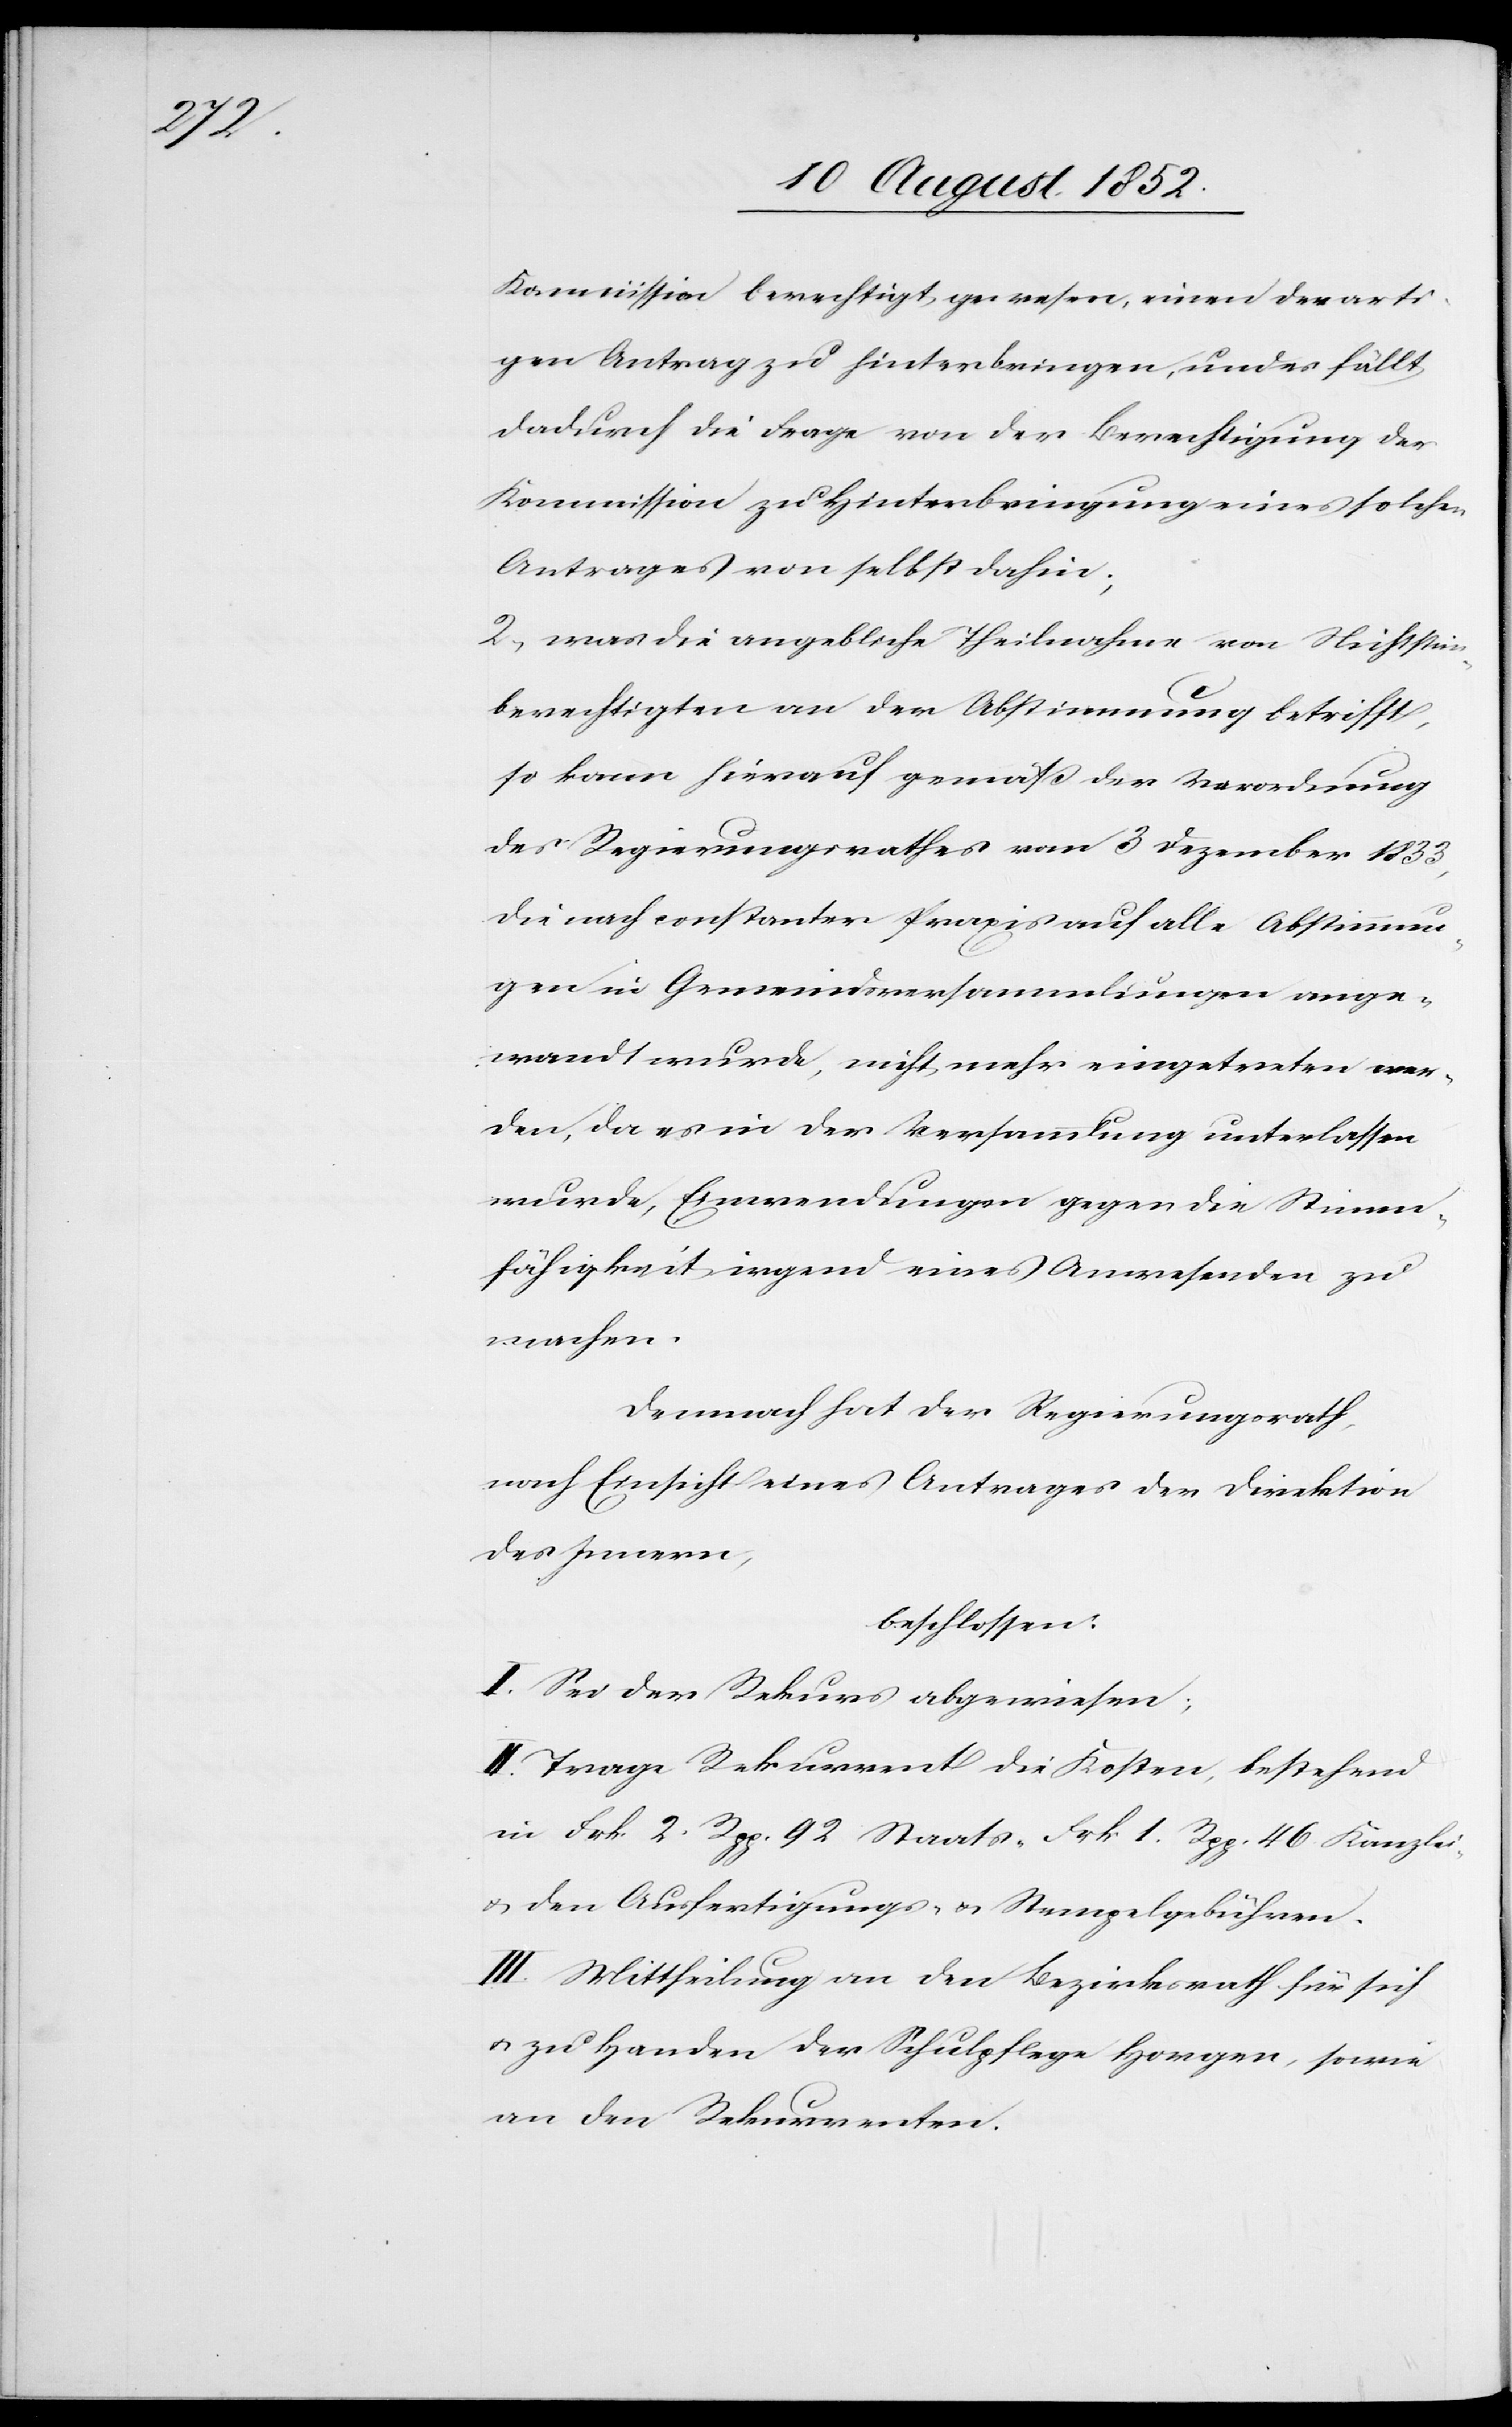
Kommission berechtigt gewesen, einen derarti¬
gen Antrag zu hinterbringen, und es fällt
dadurch die Frage von der Berechtigung der
Kommission zu Hinterbringung eines solchen
Antrages von selbst dahin;
2, was die angebliche Theilnahme von Nichtsti¬
m[m]berechtigten an der Abstimmung betrifft,
so kann hierauf gemäß der Verordnung
des Regierungsrathes vom 3 Dezember 1833,
die nach constanter Praxis auf alle Abstimmun¬
gen in Gemeindsversammlungen ange¬
wandt wurde, nicht mehr eingetreten wer¬
den, da es in der Versammlung unterlassen
wurde, Einwendungen gegen die Stimm¬
fähigkeit irgend eines Anwesenden zu
machen.
Demnach hat der Regierungsrath,
nach Einsicht eines Antrages der Direktion
des Innern,
beschlossen:
I. Sei der Rekurs abgewiesen;
II. Trage Rekurrent die Kosten, bestehend
in Frk. 2. Rpp. 92 Staats-[,] Frk 1. Rpp. 46 Kanzlei-
& den Ausfertigungs- & Stempelgebühren.
III. Mittheilung an den Bezirksrath für sich
& zu Handen der Schulpflege Horgen, sowie
an den Rekurrenten.